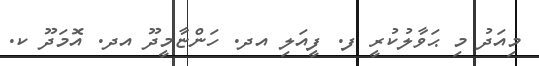
މިއަދު މި ޙަވާލުކުރީ ފ. ފީއަލި އދ. ހަންޏާމީދޫ އދ. އޮމަދޫ ކ.